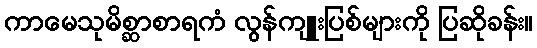
ကာမေသုမိစ္ဆာစာရကံ လွန်ကျူးပြစ်များကို ပြဆိုခန်း။